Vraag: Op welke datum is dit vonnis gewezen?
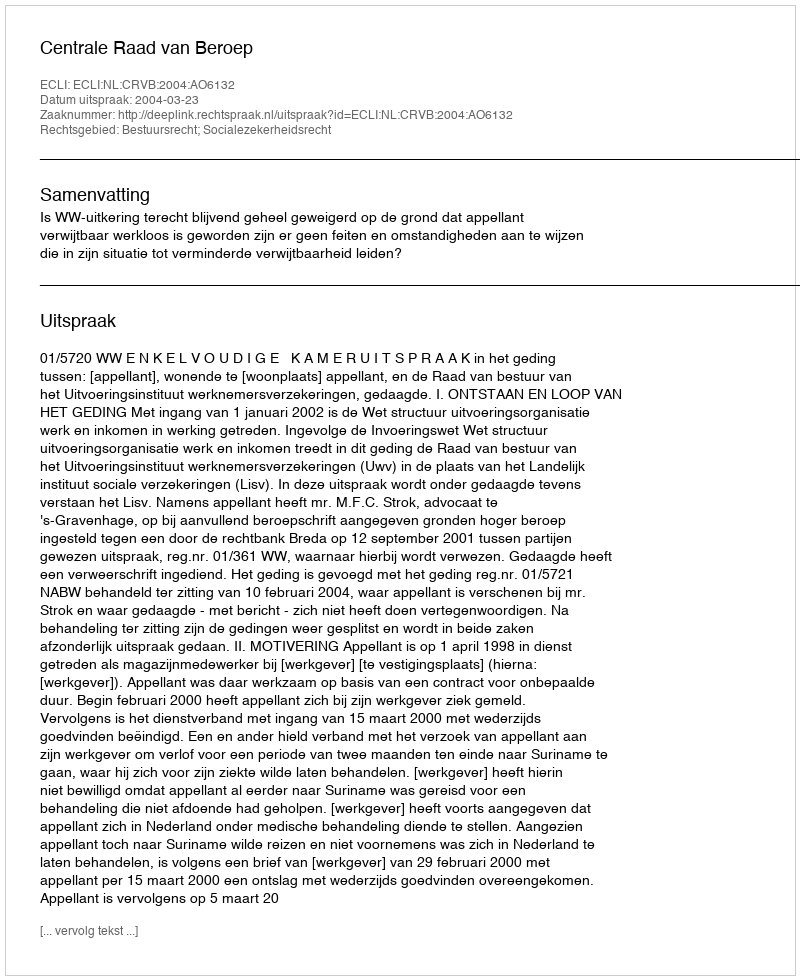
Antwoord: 2004-03-23